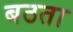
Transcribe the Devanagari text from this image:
बठता